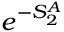
e ^ { - S _ { 2 } ^ { A } }